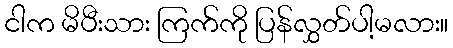
ငါက မိပီးသား ကြက်ကို ပြန်လွှတ်ပါ့မလား။